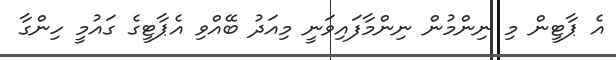
އެ ޕާޓީން މި ނިންމުން ނިންމާފައިވަނީ މިއަދު ބޭއްވި އެޕާޓީގެ ގައުމީ ހިންގާ